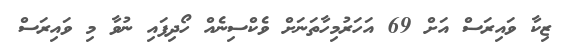
ޒިކާ ވައިރަސް އަށް 69 އަހަރުމިހާތަނަށް ވެކްސިނެއް ހޯދިފައި ނުވާ މި ވައިރަސް